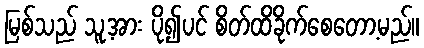
မြစ်သည် သူ့အား ပို၍ပင် စိတ်ထိခိုက်စေတော့မည်။